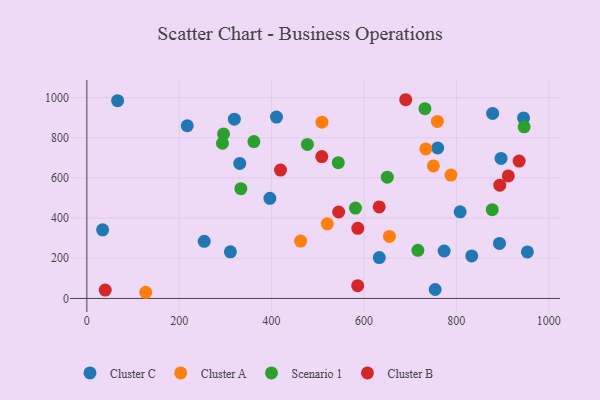
{"axis": {"x": "Ad Spend", "y": "Yield"}, "legend": ["Cluster A", "Cluster B", "Cluster C", "Scenario 1"], "data": [{"x": "773.6", "y": 236.3, "type": "Cluster C"}, {"x": "754.2", "y": 44.6, "type": "Cluster C"}, {"x": "254.2", "y": 284.6, "type": "Cluster C"}, {"x": "759.6", "y": 749.2, "type": "Cluster C"}, {"x": "319.4", "y": 892.6, "type": "Cluster C"}, {"x": "310.8", "y": 232.0, "type": "Cluster C"}, {"x": "878.6", "y": 921.2, "type": "Cluster C"}, {"x": "410.6", "y": 903.2, "type": "Cluster C"}, {"x": "896.8", "y": 697.5, "type": "Cluster C"}, {"x": "66.6", "y": 985.1, "type": "Cluster C"}, {"x": "217.4", "y": 860.1, "type": "Cluster C"}, {"x": "808.3", "y": 431.5, "type": "Cluster C"}, {"x": "953.8", "y": 231.8, "type": "Cluster C"}, {"x": "331.1", "y": 672.2, "type": "Cluster C"}, {"x": "633.2", "y": 203.5, "type": "Cluster C"}, {"x": "833.3", "y": 211.6, "type": "Cluster C"}, {"x": "396.3", "y": 498.8, "type": "Cluster C"}, {"x": "893.4", "y": 273.9, "type": "Cluster C"}, {"x": "34.2", "y": 341.5, "type": "Cluster C"}, {"x": "945.5", "y": 899.0, "type": "Cluster C"}, {"x": "759.0", "y": 881.7, "type": "Cluster A"}, {"x": "733.9", "y": 744.8, "type": "Cluster A"}, {"x": "127.5", "y": 30.7, "type": "Cluster A"}, {"x": "655.1", "y": 308.7, "type": "Cluster A"}, {"x": "509.0", "y": 877.6, "type": "Cluster A"}, {"x": "788.3", "y": 614.2, "type": "Cluster A"}, {"x": "750.3", "y": 659.9, "type": "Cluster A"}, {"x": "462.9", "y": 285.9, "type": "Cluster A"}, {"x": "520.7", "y": 371.7, "type": "Cluster A"}, {"x": "361.7", "y": 781.4, "type": "Scenario 1"}, {"x": "946.8", "y": 854.6, "type": "Scenario 1"}, {"x": "296.0", "y": 819.1, "type": "Scenario 1"}, {"x": "477.5", "y": 766.9, "type": "Scenario 1"}, {"x": "544.4", "y": 675.9, "type": "Scenario 1"}, {"x": "877.7", "y": 441.8, "type": "Scenario 1"}, {"x": "732.0", "y": 945.1, "type": "Scenario 1"}, {"x": "581.6", "y": 450.0, "type": "Scenario 1"}, {"x": "333.5", "y": 546.4, "type": "Scenario 1"}, {"x": "293.6", "y": 772.9, "type": "Scenario 1"}, {"x": "650.5", "y": 603.9, "type": "Scenario 1"}, {"x": "716.7", "y": 239.5, "type": "Scenario 1"}, {"x": "936.0", "y": 684.1, "type": "Cluster B"}, {"x": "419.3", "y": 639.2, "type": "Cluster B"}, {"x": "912.5", "y": 610.2, "type": "Cluster B"}, {"x": "586.4", "y": 63.6, "type": "Cluster B"}, {"x": "586.7", "y": 349.2, "type": "Cluster B"}, {"x": "894.1", "y": 564.2, "type": "Cluster B"}, {"x": "690.4", "y": 989.6, "type": "Cluster B"}, {"x": "508.7", "y": 706.4, "type": "Cluster B"}, {"x": "633.0", "y": 455.9, "type": "Cluster B"}, {"x": "545.2", "y": 430.4, "type": "Cluster B"}, {"x": "39.8", "y": 41.5, "type": "Cluster B"}]}